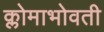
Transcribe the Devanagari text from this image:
क्लोमाभोवती